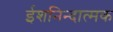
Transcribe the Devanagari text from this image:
ईशनिन्दात्मक